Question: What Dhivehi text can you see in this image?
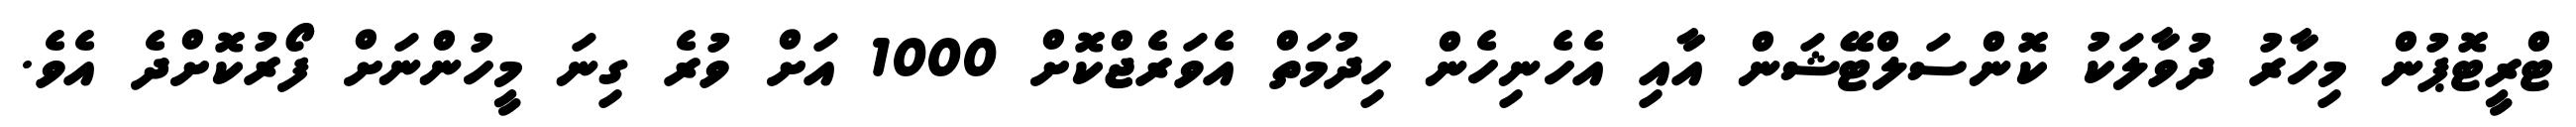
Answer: ޓްރީޓޮޕުން މިހާރު ދުވާލަކު ކޮންސަލްޓޭޝަން އާއި އެހެނިހެން ހިދުމަތް އެވަރެޖްކޮށް 1000 އަށް ވުރެ ގިނަ މީހުންނަށް ފޯރުކޮށްދެ އެވެ.